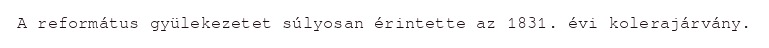
A református gyülekezetet súlyosan érintette az 1831. évi kolerajárvány.